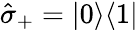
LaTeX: \hat{\sigma}_{+}=|0\rangle\langle 1|